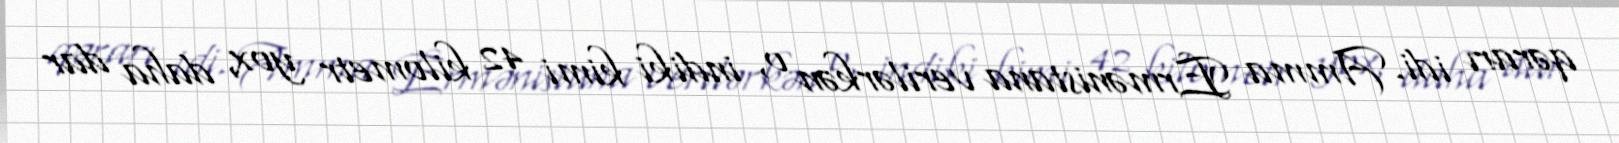
qərarı idi. Amma Ermənistana verilərkən o, indiki kimi 42 kilometr yox, daha dar